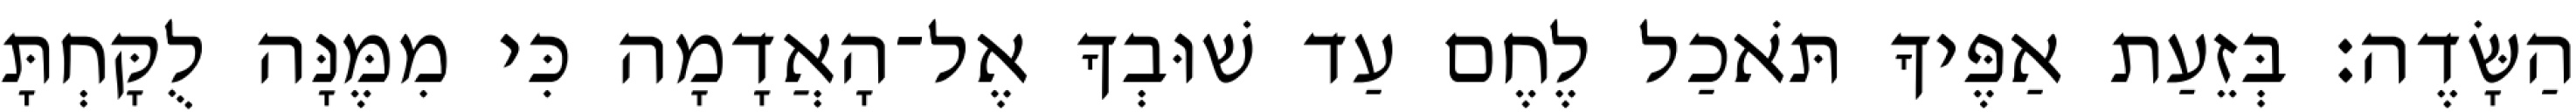
הַשָּׂדֶה׃ בְּזֵעַת אַפֶּיךָ תֹּאכַל לֶחֶם עַד שׁוּבְךָ אֶל־הָאֲדָמָה כִּי מִמֶּנָּה לֻקָּחְתָּ